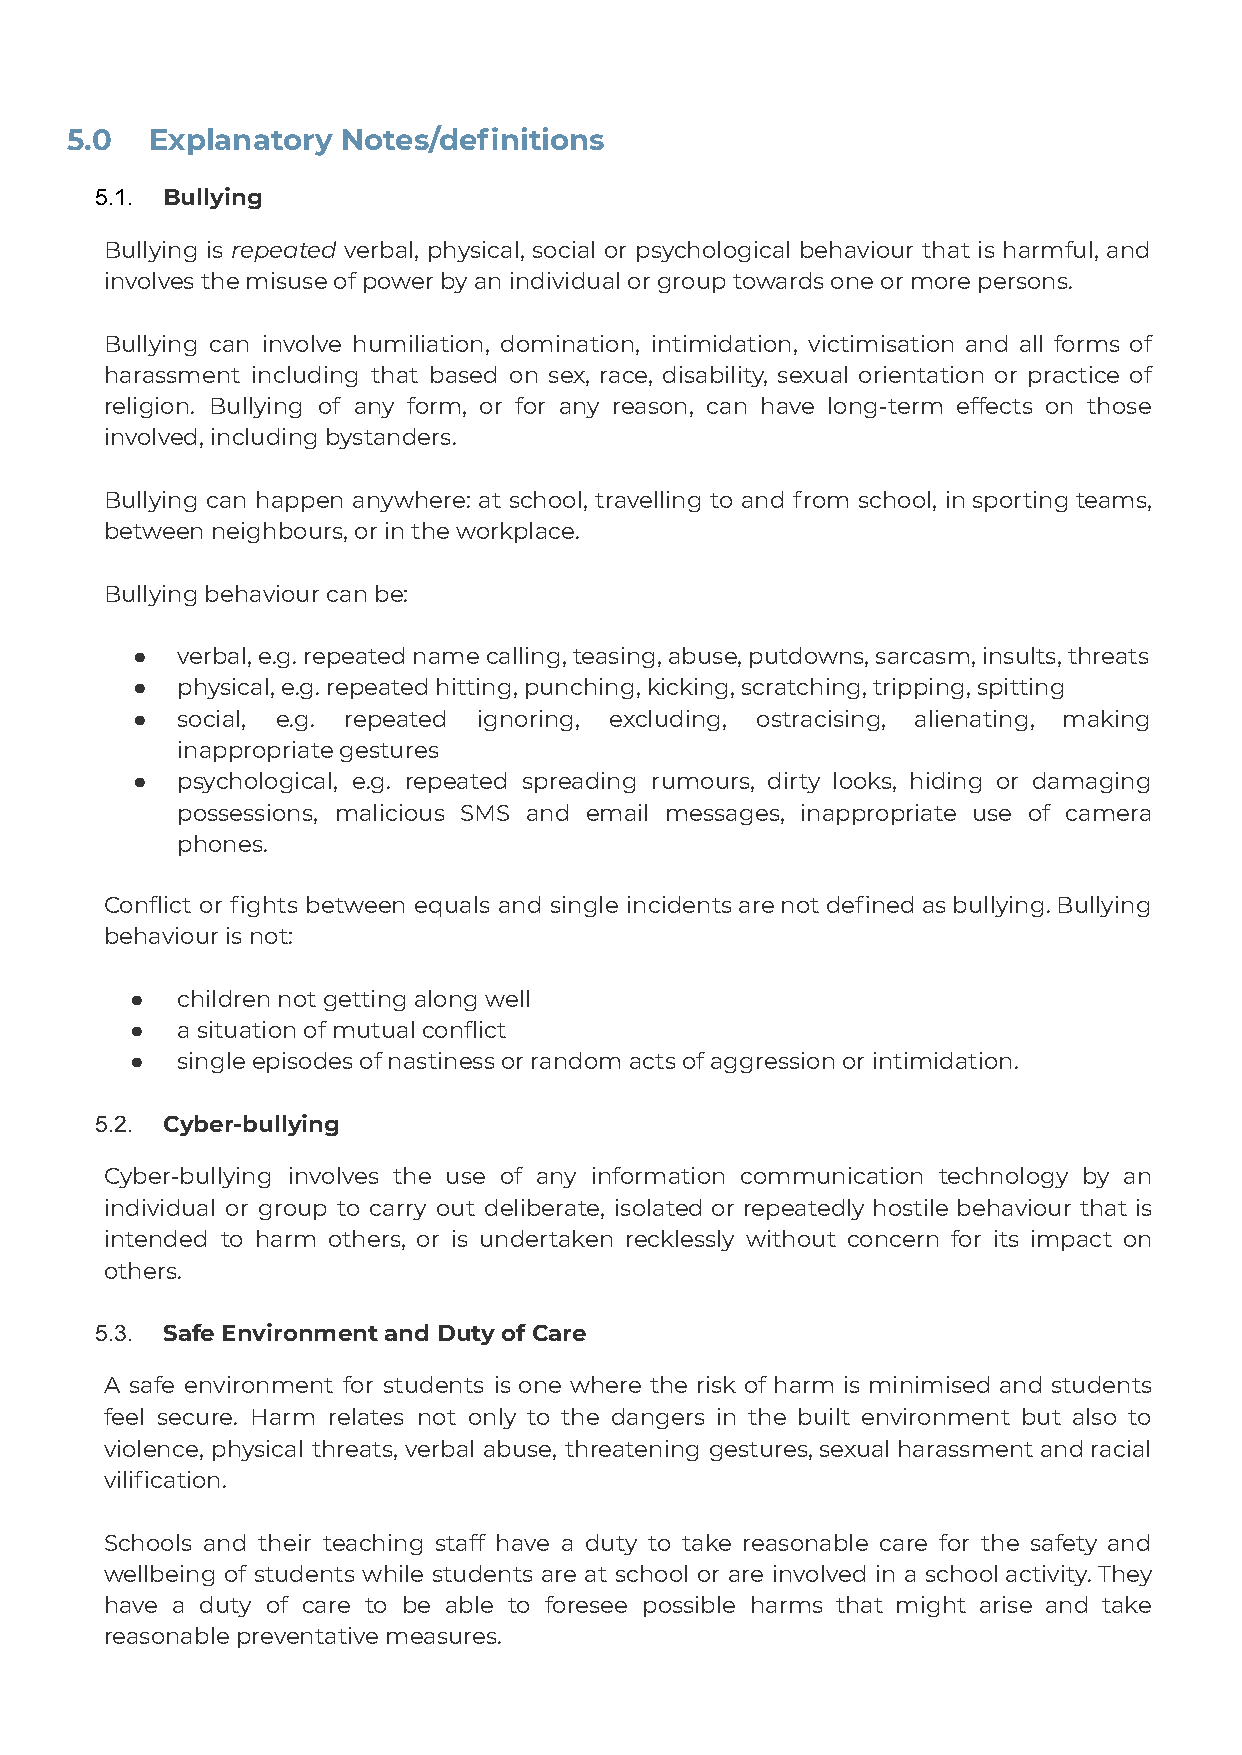
5.0   Explanatory  Notes/definitions
 5.1. Bullying
 Bullying is repeated verbal, physical, social or psychological behaviour that is harmful, and
 involves the misuse of power by an individual or group towards one or more persons.
 Bullying can involve humiliation, domination, intimidation, victimisation and all forms of
 harassment including that based on sex, race, disability, sexual orientation or practice of
 religion. Bullying of any form, or for any reason, can have long-term effects on those
 involved, including bystanders.
 Bullying can happen anywhere: at school, travelling to and from school, insportingteams,
 between neighbours, or in the workplace.
 Bullying behaviour can be:
 ●  verbal, e.g. repeated name calling, teasing, abuse, putdowns, sarcasm, insults, threats
 ●  physical, e.g. repeated hitting, punching, kicking, scratching, tripping, spitting
 ●  social, e.g. repeated ignoring, excluding, ostracising, alienating, making
 inappropriate gestures
 ●  psychological, e.g. repeated spreading rumours, dirty looks, hiding or damaging
 possessions, malicious SMS and email messages, inappropriate use of camera
 phones.
 Conflict or fights between equals and single incidentsarenotdefinedasbullying.Bullying
 behaviour is not:
 ●  children not getting along well
 ●  a situation of mutual conflict
 ●  single episodes of nastiness or random acts of aggression or intimidation.
 5.2. Cyber-bullying
 Cyber-bullying involves the use of any information communication technology by an
 individual or group to carry out deliberate, isolated or repeatedly hostile behaviour that is
 intended to harm others, or is undertaken recklessly without concern for its impact on
 others.
 5.3. Safe Environment and Duty of Care
 A safe environment for students is one where the risk of harm is minimised and students
 feel secure. Harm relates not only to the dangers in the built environment but also to
 violence, physical threats, verbal abuse, threatening gestures,sexualharassmentandracial
 vilification.
 Schools and their teaching staff have a duty to take reasonable care for the safety and
 wellbeing of students while students are at school or are involved in a schoolactivity.They
 have a duty of care to be able to foresee possible harms that might arise and take
 reasonable preventative measures.